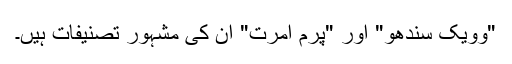
"وویک سندھو" اور "پرم امرت" ان کی مشہور تصنیفات ہیں۔